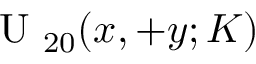
\mathrm { ~ U ~ } _ { 2 0 } ( x , + y ; K )